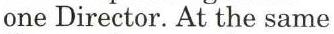
one Director. At the same